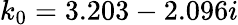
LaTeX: k_{0}=3.203-2.096i